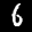
Label: 6